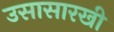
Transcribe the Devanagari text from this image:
उसासारखी